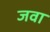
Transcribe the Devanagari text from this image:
जवा